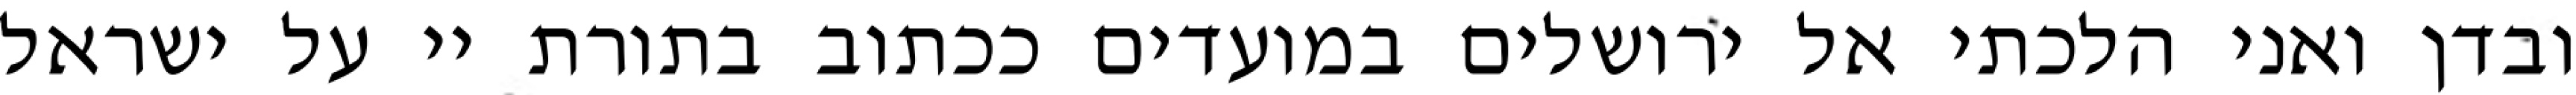
ובדן ואני הלכתי אל ירושלים במועדים ככתוב בתורת יי על ישראל